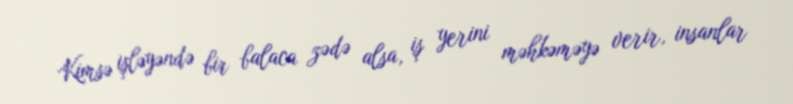
Kimsə işləyəndə bir balaca zədə alsa, iş yerini məhkəməyə verir, insanlar